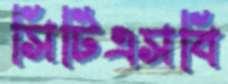
সিটিএসবি